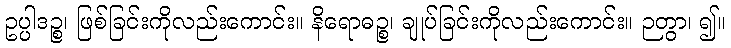
ဥပ္ပါဒဉ္စ၊ ဖြစ်ခြင်းကိုလည်းကောင်း။ နိရောဓဉ္စ၊ ချုပ်ခြင်းကိုလည်းကောင်း။ ဉတွာ၊ ၍။